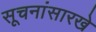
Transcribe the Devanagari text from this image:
सूचनांसारखे